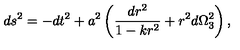
d s ^ { 2 } = - d t ^ { 2 } + a ^ { 2 } \left( { \frac { d r ^ { 2 } } { 1 - k r ^ { 2 } } } + r ^ { 2 } d \Omega _ { 3 } ^ { 2 } \right) ,